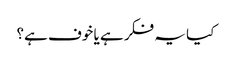
کیا یہ فکر ہے یا خوف ہے؟